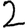
Digit: 2